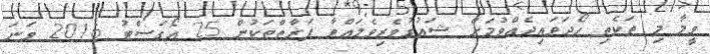
ވީމާ މި ތަކެތި ހޯދަވައިދެއްވުމަށް ޝައުގުވެރިވެލައްވާ ފަރާތްތަކުން 25 އޯގަސްޓު 2016 ވަނަ